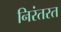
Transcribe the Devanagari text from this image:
निरंतरत